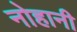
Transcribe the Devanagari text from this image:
नोहानी